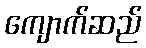
ကျောက်ဆည်